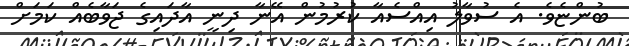
ބުންޏެވެ. އެ ސުވާލު އިއްސެއާ ކުރުމުން އޭނާ ދިނީ އާދައިގެ ޖަވާބެއް ކަމަށް